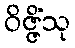
ဝိဇ္ဇိံသု